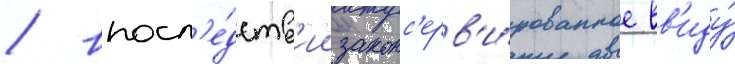
/ впосл'е́дств'ии законс'ерв'и́рованное вв'иду́